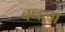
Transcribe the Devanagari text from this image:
बधला